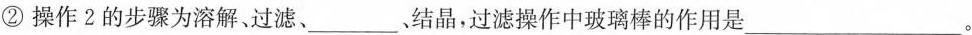
②操作2的步骤为溶解、过滤、___，结晶，过滤操作中玻璃棒的作用是___。